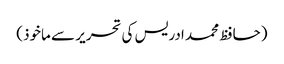
(حافظ محمد ادریس کی تحریر سے ماخوذ)